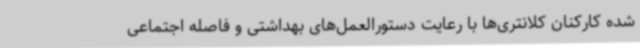
شده کارکنان کلانتری‌ها با رعایت دستورالعمل‌های بهداشتی و فاصله اجتماعی